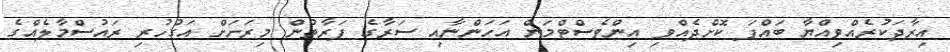
އިރާދަކުރެއްވިއްޔާ ބައްޕަ ކޮށްދެއްވި އިންވެސްޓްމަން އަހަންނާއި ސަރާގެ ފަރާތުން މިރަށަށް އަގުހުރި ރައުސްމާލެއްގެ